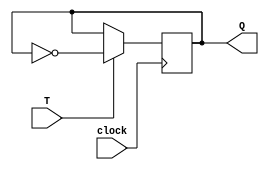
module T_Flip_Flop (clock, T, Q);
	input clock, T;
	output reg Q;
	
	always @(posedge clock) begin
		if(T)
			Q <= ~Q;
	end
endmodule